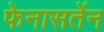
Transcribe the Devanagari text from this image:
फेनासतेंन